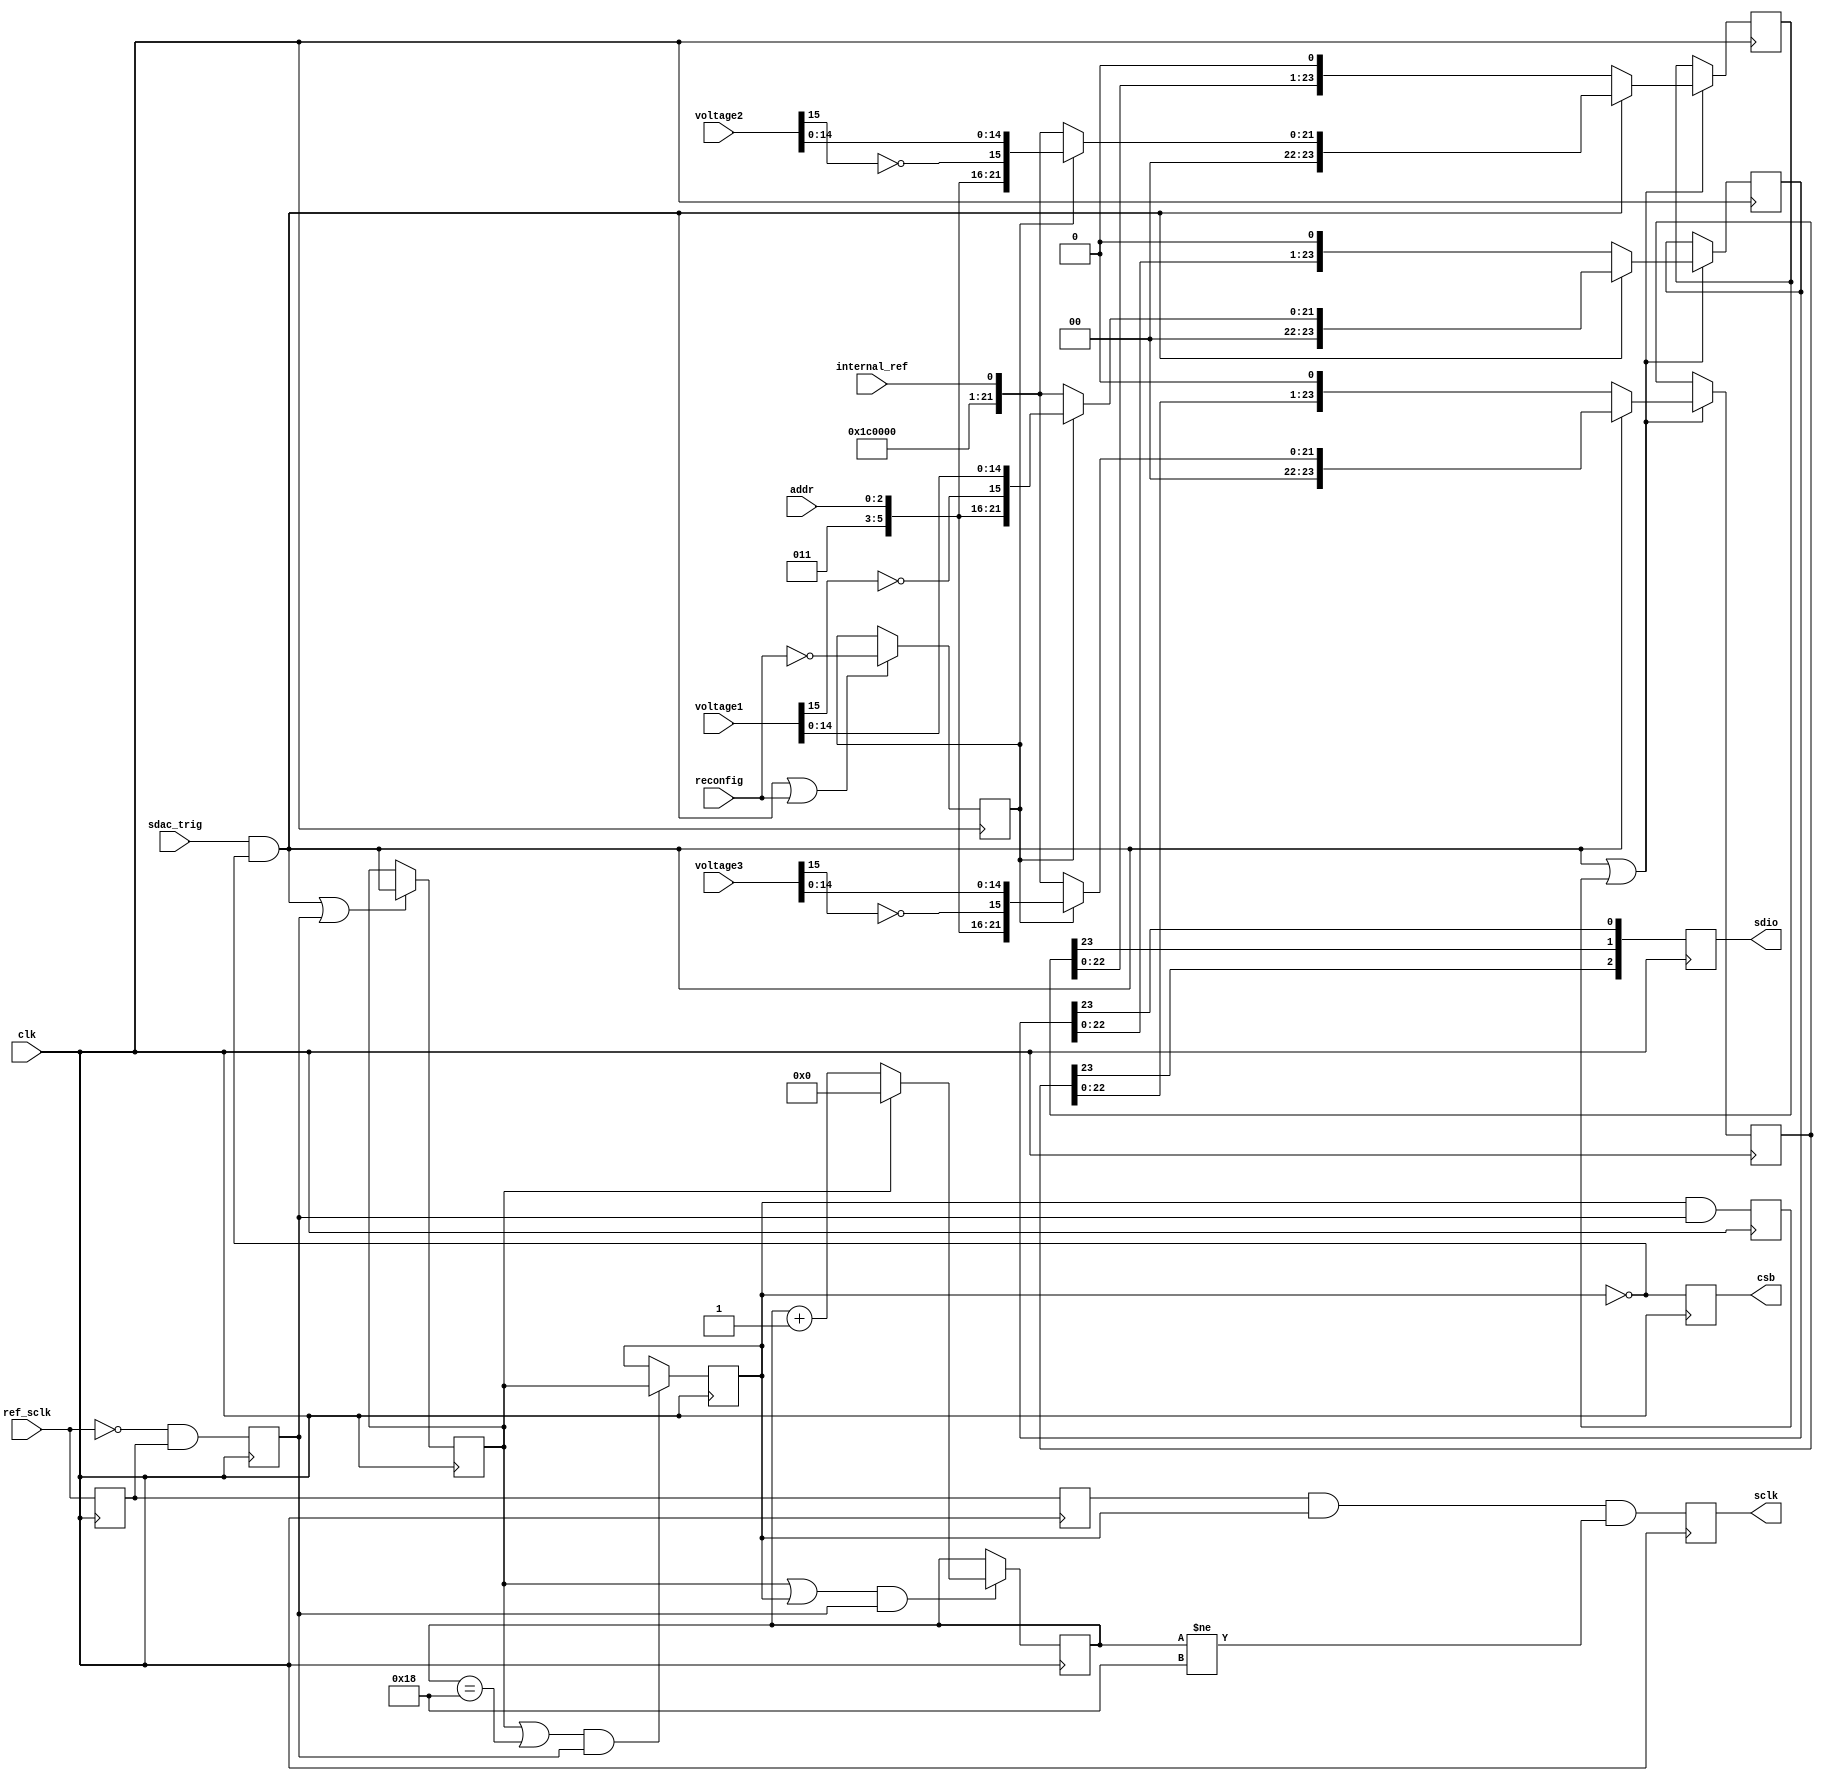
`timescale 1ns / 1ns
// Synthesizes to 79 slices at 172 MHz in XC3Sxxx-4 using XST-8.2i

module ad56x4_driver3(
	input clk,  // timespec 5.8 ns
	input ref_sclk,
	input sdac_trig,
	input reconfig,       // single cycle trigger for reconfigure operation
	input internal_ref,   // used on FPGA boot and module reconfig
	input [2:0] addr,
	input signed [15:0] voltage1,
	input signed [15:0] voltage2,
	input signed [15:0] voltage3,
	output reg sclk,
	output reg [2:0] sdio,
	output reg csb
);

// start simple: output shift registers, one per slow DAC
// heavily cribbed from ad56x4_driver.v and acoustic_engine.v

// modified from ad56x4_driver2.v to allow slowdown; the ad56x4
// is capable of 50 MHz, but we could clock as high as 120 MHz,
// and the cables and drivers getting to this chip on the expansion
// board run out of steam at about 10 MHz.
reg [23:0] sdac1_data=0, sdac2_data=0, sdac3_data=0;
reg [4:0] sdac_cnt=0;
reg ref_sclk1=0, ref_sclk2=0, step=0, sdac_pend=0;
reg sdac_send=0, sdac_shift=0, sdac_power=0;

// addr coding from AD56x4R data sheet Table 9:
//  3'b000  DAC A
//  3'b001  DAC B
//  3'b010  DAC C
//  3'b011  DAC D
//  3'b111  All DACs

// convert voltage from signed to offset binary
wire  [4:0] write1  =  5'b00011;              // Write to and update DAC
wire [23:0] config1 = {8'b00111000, 15'b0, internal_ref};   // reference setup on command
wire [23:0] sdac1_par = sdac_power ?  {write1, addr, ~voltage1[15], voltage1[14:0]} : config1 ;
wire [23:0] sdac2_par = sdac_power ?  {write1, addr, ~voltage2[15], voltage2[14:0]} : config1 ;
wire [23:0] sdac3_par = sdac_power ?  {write1, addr, ~voltage3[15], voltage3[14:0]} : config1 ;
wire start = sdac_trig & ~sdac_send;  // fully ignore triggers that come in while we're busy

always @(posedge clk) begin
	ref_sclk1 <= ref_sclk;
	ref_sclk2 <= ref_sclk1;
	step <= ~ref_sclk & ref_sclk1;
	if (start | step) sdac_pend <= start;
	if (start | reconfig) sdac_power <= ~reconfig;
	if ((sdac_pend | (sdac_cnt == 24)) & step) sdac_send <= sdac_pend;
	if ((sdac_pend |  sdac_send ) & step) sdac_cnt <= sdac_pend ? 0 : sdac_cnt+1;
	sdac_shift <= sdac_send & step;
	if (start | sdac_shift) sdac1_data <= start ? sdac1_par : {sdac1_data[22:0],1'b0};
	if (start | sdac_shift) sdac2_data <= start ? sdac2_par : {sdac2_data[22:0],1'b0};
	if (start | sdac_shift) sdac3_data <= start ? sdac3_par : {sdac3_data[22:0],1'b0};
	sclk <= ref_sclk2 & sdac_send & (sdac_cnt != 24);
	sdio <= {sdac3_data[23], sdac2_data[23], sdac1_data[23]};
	csb  <= ~sdac_send;
end

endmodule